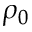
\rho _ { 0 }